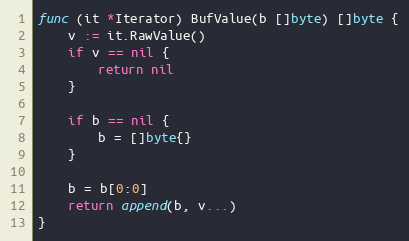
Language: Go
func (it *Iterator) BufValue(b []byte) []byte {
	v := it.RawValue()
	if v == nil {
		return nil
	}

	if b == nil {
		b = []byte{}
	}

	b = b[0:0]
	return append(b, v...)
}